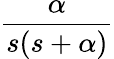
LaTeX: \frac{\alpha}{s(s+\alpha)}